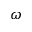
\omega